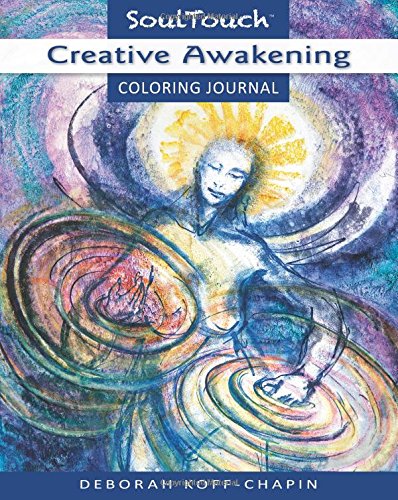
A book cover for CREATIVE AWAKENING: Soul Touch Coloring Journal; Deborah Koff-Chapin; Self-Help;